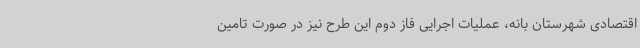
اقتصادی شهرستان بانه، عملیات اجرایی فاز دوم این طرح نیز در صورت تامین